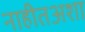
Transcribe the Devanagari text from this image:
नाहीतअशा